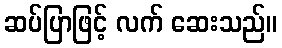
ဆပ်ပြာဖြင့် လက် ဆေးသည်။